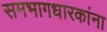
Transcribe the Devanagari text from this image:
समभागधारकांना